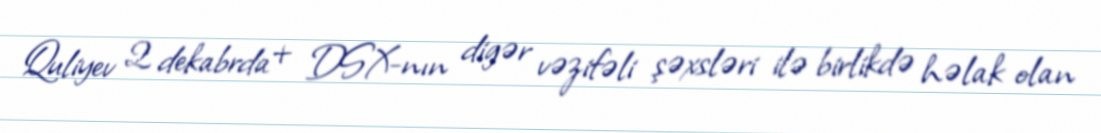
Quliyev 2 dekabrda+ DSX-nın digər vəzifəli şəxsləri ilə birlikdə həlak olan